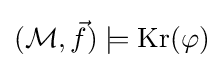
({\mathcal {M}},{\vec {f}})\models {\mbox{Kr}}(\varphi )